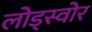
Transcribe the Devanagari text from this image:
लोड्स्वोर